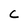
Character: C